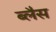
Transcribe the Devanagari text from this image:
ब्लैस